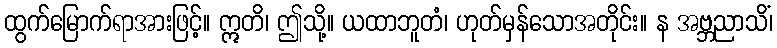
ထွက်မြောက်ရာအားဖြင့်။ ဣတိ၊ ဤသို့။ ယထာဘူတံ၊ ဟုတ်မှန်သောအတိုင်း။ န အဗ္ဘညာသိံ၊